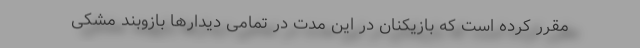
مقرر کرده است که بازیکنان در این مدت در تمامی دیدارها بازوبند مشکی